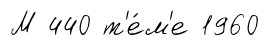
М 440 т'е́м'е 1960